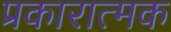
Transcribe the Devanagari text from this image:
प्रकारात्मक